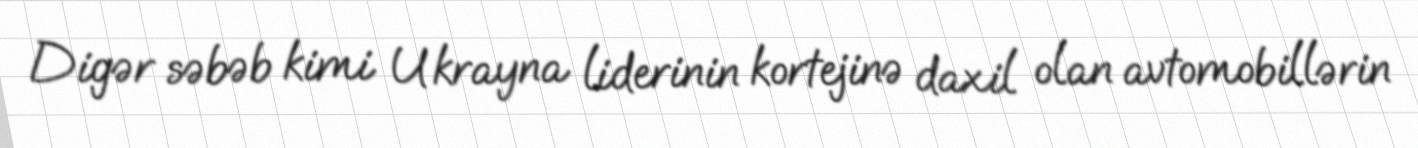
Digər səbəb kimi Ukrayna liderinin kortejinə daxil olan avtomobillərin